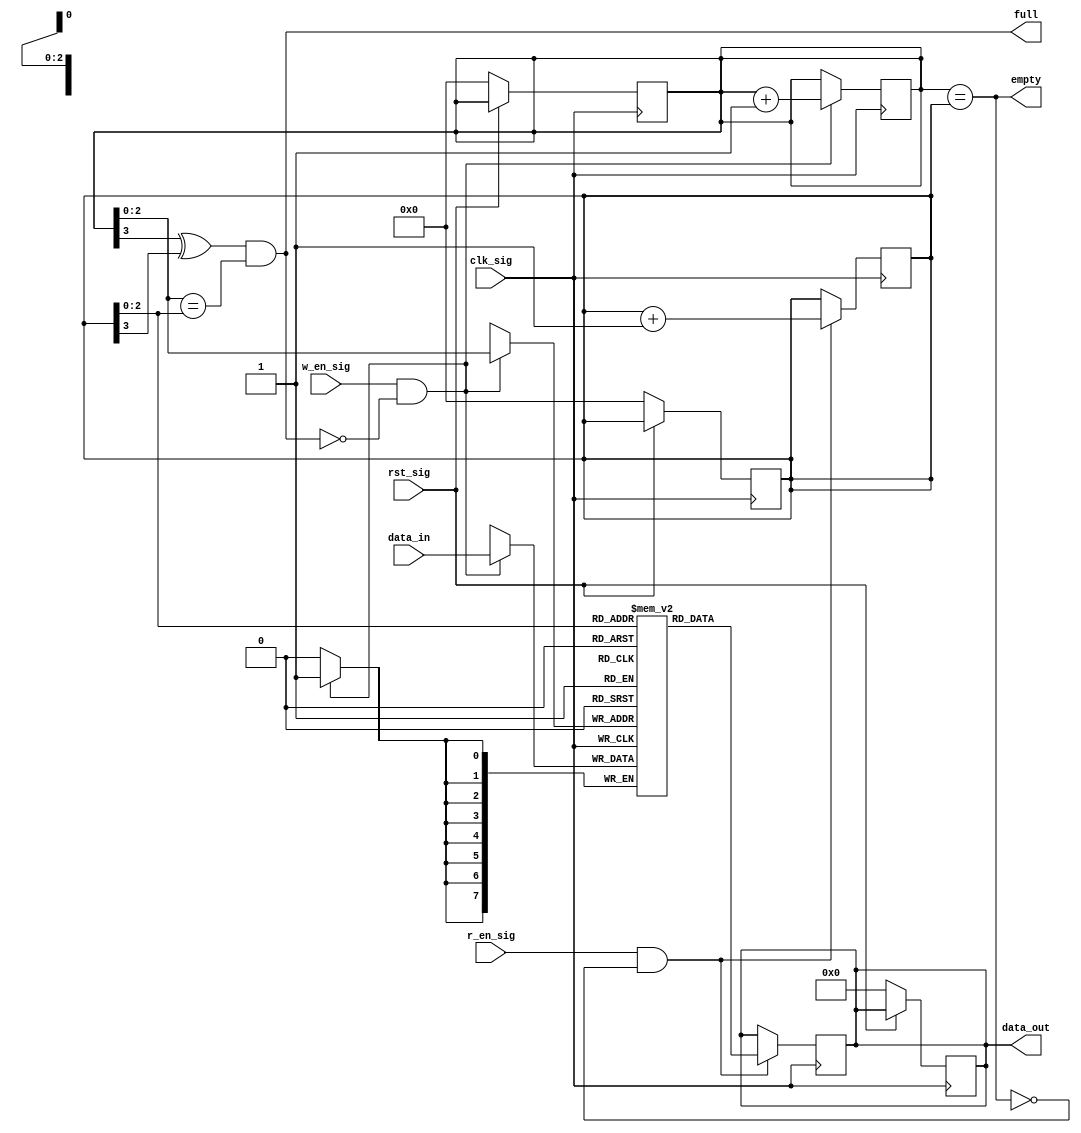
// ************************************************************
//
// Design Name: BPSK
// Module Name: SyncFifo.v
// Tool versions: VsCode
// Description:  FIFO
// Parameter:
// 1. DEPTH: FIFO 
// 2. WIDTH: FIFO 
// Input:
// 1. clk_sig: 
// 2. rst_sig: 
// 3. w_en_sig: 
// 4. r_en_sig: 
// 5. data_in: 
// Output:
// 1. data_out: 
// 2. full: FIFO 
// 3. empty: FIFO 
// ************************************************************
module SyncFifo #(
    parameter DEPTH = 8,
    parameter WIDTH = 8
) (
    input                  clk_sig,
    input                  rst_sig,
    input                  w_en_sig,
    input                  r_en_sig,
    input      [WIDTH-1:0] data_in,
    output reg [WIDTH-1:0] data_out,
    output                 full,
    output                 empty
);

    parameter PTR_WIDTH = $clog2(DEPTH);

    reg [PTR_WIDTH:0] w_ptr, r_ptr;
    reg [      WIDTH-1:0] fifo  [DEPTH - 1:0];
    reg [$clog2(DEPTH):0] count;

    // Set Default values on reset.
    always @(posedge clk_sig) begin
        if (!rst_sig) begin
            w_ptr    <= 0;
            r_ptr    <= 0;
            data_out <= 0;

        end
    end

    // To write data to FIFO
    always @(posedge clk_sig) begin
        if (w_en_sig & !full) begin
            fifo[w_ptr[PTR_WIDTH-1:0]] <= data_in;
            w_ptr                      <= w_ptr + 1;
        end
    end

    // To read data from FIFO
    always @(posedge clk_sig) begin
        if (r_en_sig & !empty) begin
            data_out <= fifo[r_ptr[PTR_WIDTH-1:0]];
            r_ptr    <= r_ptr + 1;
        end
    end

    assign full  = (w_ptr[PTR_WIDTH] ^ r_ptr[PTR_WIDTH]) & (w_ptr[PTR_WIDTH-1:0] == r_ptr[PTR_WIDTH-1:0]);
    assign empty = (w_ptr == r_ptr);
endmodule